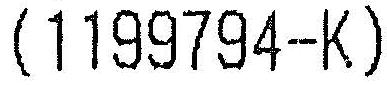
(1199794-K)